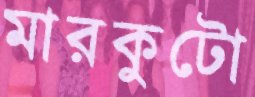
মারকুটো